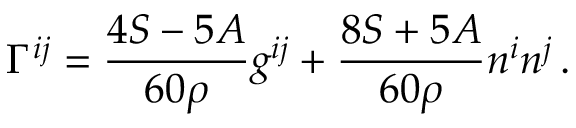
\Gamma ^ { i j } = \frac { 4 S - 5 A } { 6 0 \rho } g ^ { i j } + \frac { 8 S + 5 A } { 6 0 \rho } n ^ { i } n ^ { j } \, .